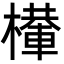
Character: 檋